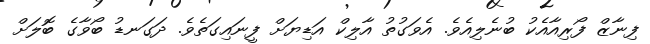
ފިނާޒް ފޯރިއާއެކު ބުނެލިއެވެ. އެވަގުތު އާލިކް އަޑިޔަށް ފީނައިގަތެވެ. ދަގަނޑު ބޯވާގެ ބޮލަށް